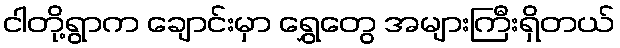
ငါတို့ရွာက ချောင်းမှာ ရွှေတွေ အများကြီးရှိတယ်